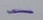
Text: -